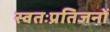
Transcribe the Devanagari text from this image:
स्वतःप्रतिजनों